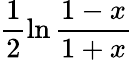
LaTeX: \frac{1}{2}\ln\frac{1-x}{1+x}